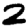
Digit: 2